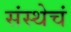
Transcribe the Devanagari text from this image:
संस्थेचं